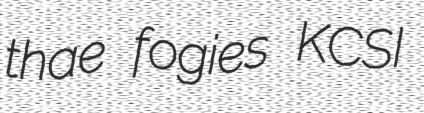
thae fogies KCSI